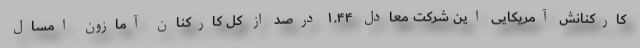
کارکنانش آمریکایی این شرکت معادل ۱.۴۴ درصد از کل کارکنان آمازون امسال